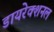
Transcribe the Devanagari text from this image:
डायरेक्शनल